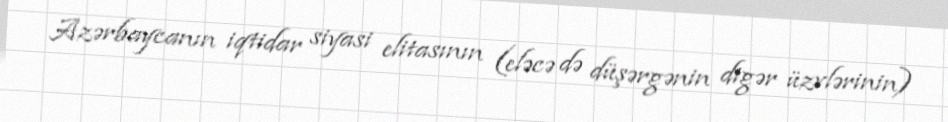
Azərbaycanın iqtidar siyasi elitasının (eləcə də düşərgənin digər üzvlərinin)